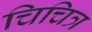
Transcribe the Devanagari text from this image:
चिचित्र